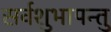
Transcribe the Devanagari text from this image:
सर्वशुभापन्तु